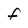
Character: f